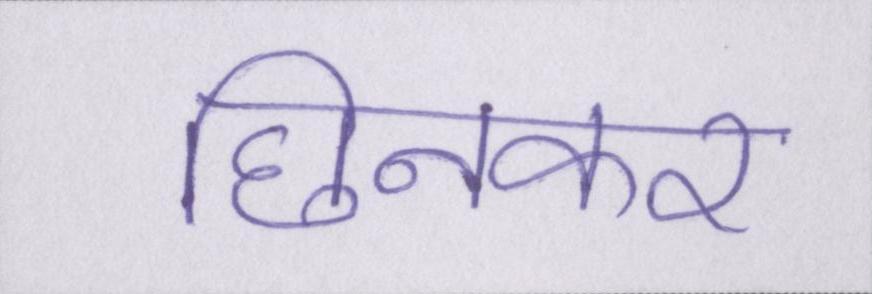
छिनकर